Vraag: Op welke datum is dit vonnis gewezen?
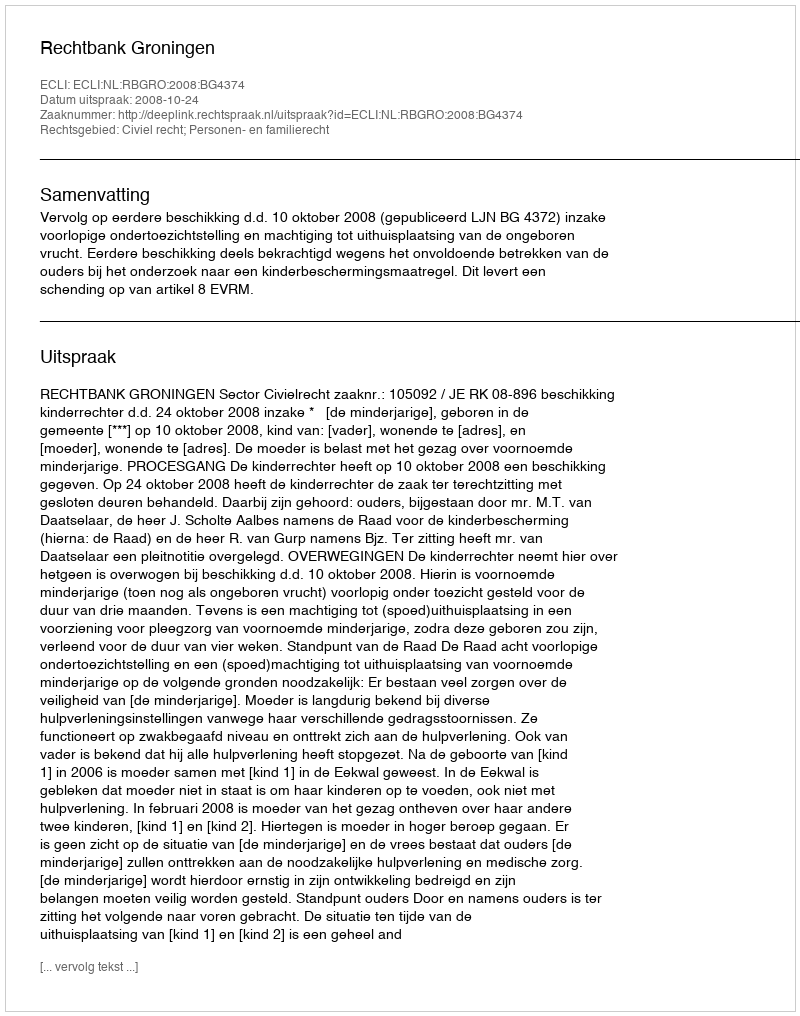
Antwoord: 2008-10-24